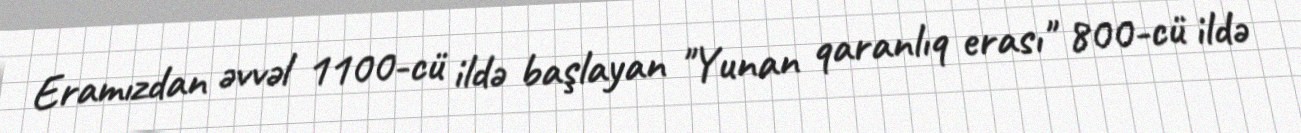
Eramızdan əvvəl 1100-cü ildə başlayan ''Yunan qaranlıq erası'' 800-cü ildə